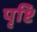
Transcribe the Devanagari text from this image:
पृष्टि